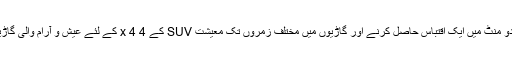
ہمارے نظام کے ذریعے آپ کم سے کم دو منٹ میں ایک اقتباس حاصل کرنے اور گاڑیوں میں مختلف زمروں تک معیشت SUV کے 4 x 4 کے لئے عیش و آرام والی گاڑیوں سے گروپ کو تلاش کر سکتے ہیں ۔